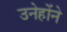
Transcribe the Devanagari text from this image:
उनेहोंने